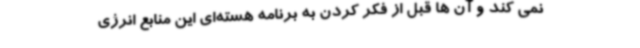
نمی کند و آن ها قبل از فکر کردن به برنامه هسته‌ای این منابع انرژی